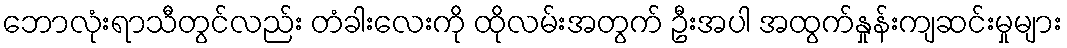
ဘောလုံးရာသီတွင်လည်း တံခါးလေးကို ထိုလမ်းအတွက် ဦးအပါ အထွက်နှုန်းကျဆင်းမှုများ